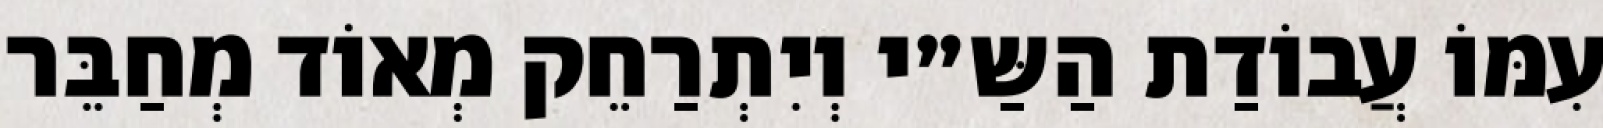
עִמּוֹ עֲבוֹדַת הַשַּ״י וְיִתְרַחֵק מְאוֹד מְחַבֵּר